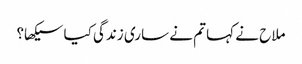
ملاح نے کہا تم نے ساری زندگی کیا سیکھا؟